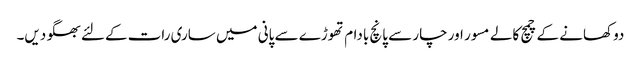
دو کھانے کے چمچ کالے مسور اور چار سے پانچ بادام تھوڑے سے پانی میں ساری رات کےلئے بھگو دیں۔